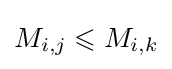
M_{i,j}\leqslant M_{i,k}